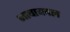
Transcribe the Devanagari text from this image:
भाषाबदल